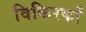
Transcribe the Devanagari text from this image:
विकिरकों